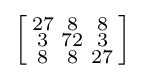
\left[{\begin{smallmatrix}27&8&8\\3&72&3\\8&8&27\end{smallmatrix}}\right]